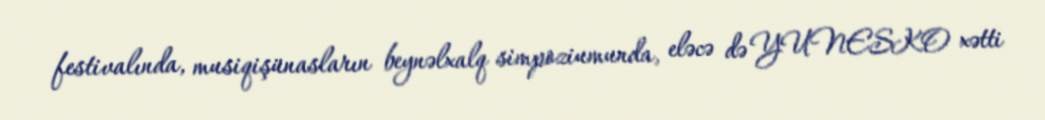
festivalında, musiqişünasların beynəlxalq simpoziumunda, eləcə də YUNESKO xətti